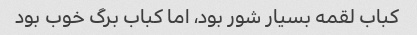
کباب لقمه بسیار شور بود، اما کباب برگ خوب بود